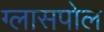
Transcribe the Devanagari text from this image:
ग्लासपोल